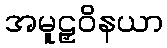
အမူဠှဝိနယာ